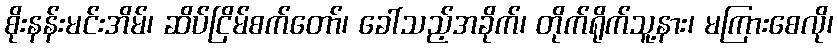
စိုးနန်းမင်းအိမ်၊ ဆိပ်ငြိမ်စက်တော်၊ ခေါ်သည့်အခိုက်၊ တိုက်ရိုက်သူ့နား၊ မကြားစေလို၊